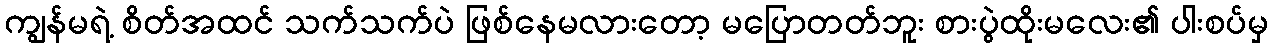
ကျွန်မရဲ့ စိတ်အထင် သက်သက်ပဲ ဖြစ်နေမလားတော့ မပြောတတ်ဘူး စားပွဲထိုးမလေး၏ ပါးစပ်မှ